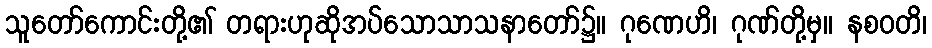
သူတော်ကောင်းတို့၏ တရားဟုဆိုအပ်သောသာသနာတော်၌။ ဂုဏေဟိ၊ ဂုဏ်တို့မှ။ နစဝတိ၊